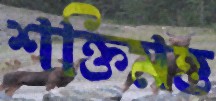
শক্তিমত্ত